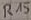
Text: R15